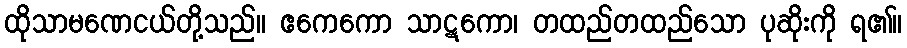
ထိုသာမဏေငယ်တို့သည်။ ဧကေကော သာဋကော၊ တထည်တထည်သော ပုဆိုးကို ရ၏။